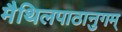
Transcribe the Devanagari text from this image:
मैथिलपाठानुगम्